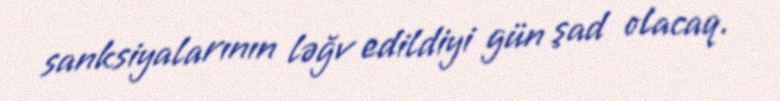
sanksiyalarının ləğv edildiyi gün şad olacaq.